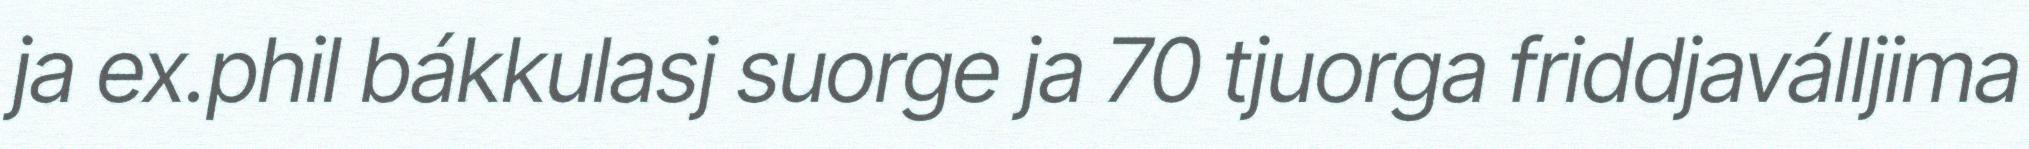
ja ex.phil bákkulasj suorge ja 70 tjuorga friddjaválljima